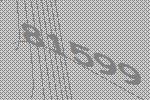
81599